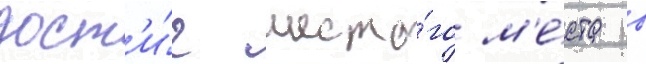
дост'и́г шесто́го м'е́ста в